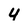
Character: 4